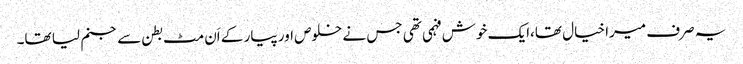
یہ صرف میرا خیال تھا،ایک خوش فہمی تھی جس نے خلوص اور پیار کے اَن مٹ بطن سے جنم لیا تھا۔